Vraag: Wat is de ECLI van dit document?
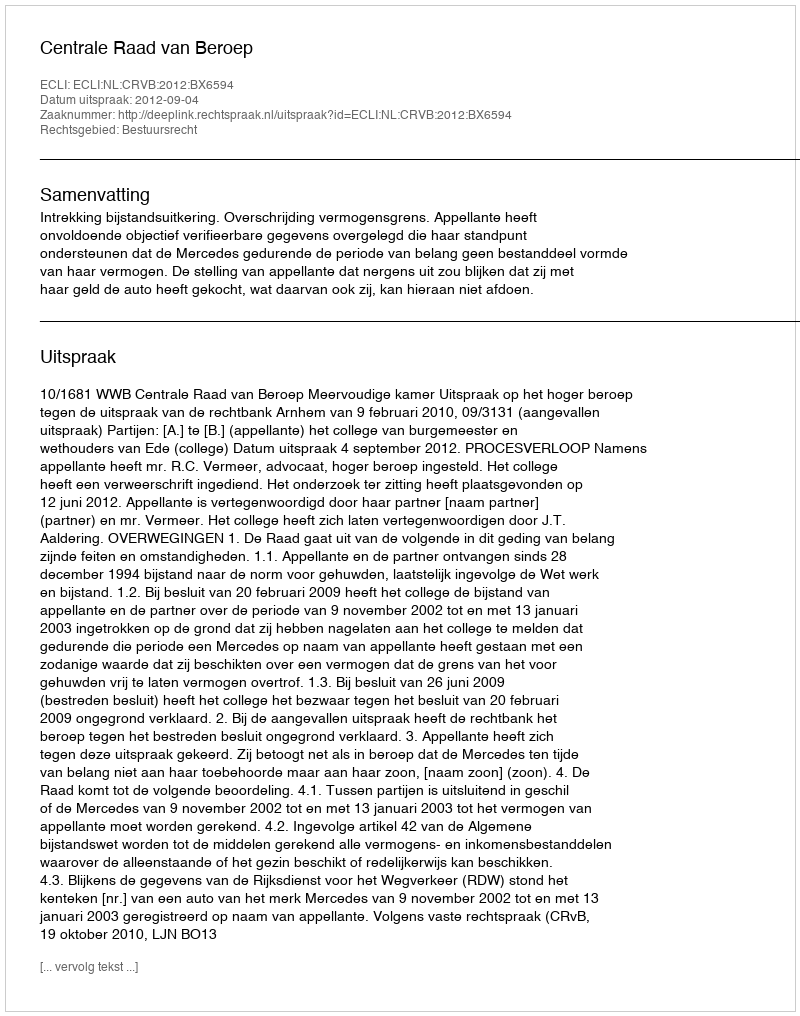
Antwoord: ECLI:NL:CRVB:2012:BX6594